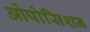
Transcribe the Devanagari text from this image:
ओपोसिशन